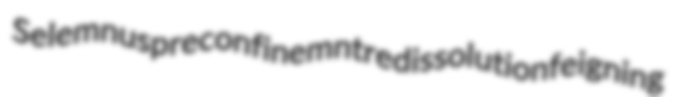
Selemnus preconfinemnt redissolution feigning